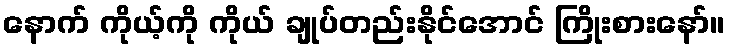
နောက် ကိုယ့်ကို ကိုယ် ချုပ်တည်းနိုင်အောင် ကြိုးစားနော်။